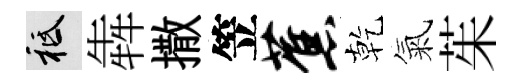
祇犇撒笠蕉乾氣茱